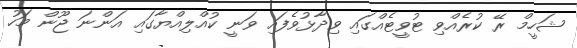
ޝަހީމް ރޭ ކުރެއްވި ޓުވީޓެއްގައި ވިދާޅުވެފައި ވަނީ ކުއްލިއްޔާގައި އަންނަ ޖޫން މަހު